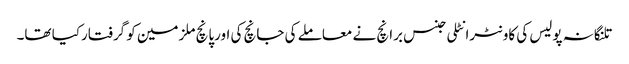
تلنگانہ پولیس کی کاونٹرانٹلی جنس برانچ نے معاملے کی جانچ کی اورپانچ ملزمین کو گرفتارکیا تھا۔